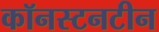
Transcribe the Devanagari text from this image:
कॉनस्टनटीन